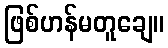
ဖြစ်ဟန်မတူချေ။